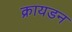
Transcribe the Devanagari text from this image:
क्रायडन